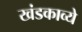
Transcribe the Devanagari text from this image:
खंडकाव्ये